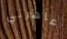
عاهرتي